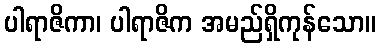
ပါရာဇိကာ၊ ပါရာဇိက အမည်ရှိကုန်သော။